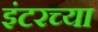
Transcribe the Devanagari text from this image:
इंटरच्या